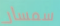
سمسار